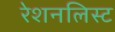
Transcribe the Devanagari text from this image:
रेशनलिस्ट